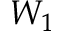
W _ { 1 }